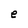
Character: e